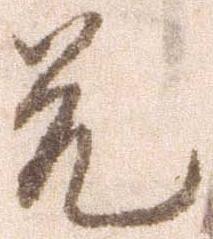
兄